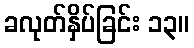
ခလုတ်နှိပ်ခြင်း ၁၃။